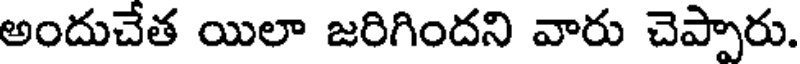
అందుచేత యిలా జరిగిందని వారు చెప్పారు.